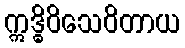
ဣဒ္ဓိဝိသေဝိတာယ